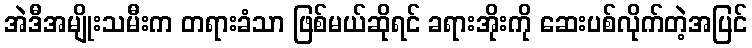
အဲဒီအမျိုးသမီးက တရားခံသာ ဖြစ်မယ်ဆိုရင် ခရားအိုးကို ဆေးပစ်လိုက်တဲ့အပြင်